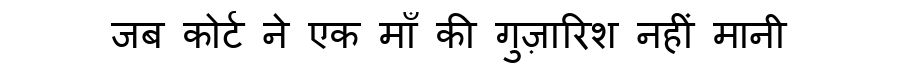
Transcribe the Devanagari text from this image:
जब कोर्ट ने एक माँ की गुज़ारिश नहीं मानी